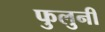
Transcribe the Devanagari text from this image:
फुलुनी